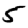
Digit: 5